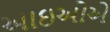
આઇઓએ